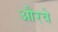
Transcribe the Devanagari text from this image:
औरवे